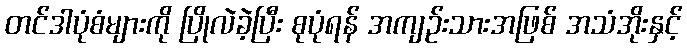
တင်ဒါပုံစံများကို ပြိုလဲခဲ့ပြီး စုပုံရန် အကျဉ်းသားအဖြစ် အသံအိုးနှင့်